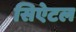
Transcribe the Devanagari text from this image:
सिऐटल